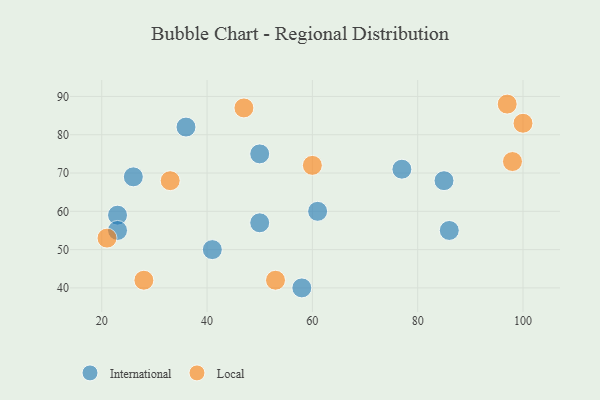
{"axis": {"x": "GDP", "y": "Life Expectancy"}, "legend": ["International", "Local"], "data": [{"x": "41", "y": 50, "type": "International"}, {"x": "50", "y": 57, "type": "International"}, {"x": "77", "y": 71, "type": "International"}, {"x": "61", "y": 60, "type": "International"}, {"x": "26", "y": 69, "type": "International"}, {"x": "58", "y": 40, "type": "International"}, {"x": "86", "y": 55, "type": "International"}, {"x": "85", "y": 68, "type": "International"}, {"x": "36", "y": 82, "type": "International"}, {"x": "50", "y": 75, "type": "International"}, {"x": "23", "y": 59, "type": "International"}, {"x": "23", "y": 55, "type": "International"}, {"x": "33", "y": 68, "type": "Local"}, {"x": "97", "y": 88, "type": "Local"}, {"x": "47", "y": 87, "type": "Local"}, {"x": "53", "y": 42, "type": "Local"}, {"x": "28", "y": 42, "type": "Local"}, {"x": "100", "y": 83, "type": "Local"}, {"x": "98", "y": 73, "type": "Local"}, {"x": "60", "y": 72, "type": "Local"}, {"x": "21", "y": 53, "type": "Local"}]}